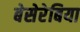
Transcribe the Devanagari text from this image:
बेसेरेबिया